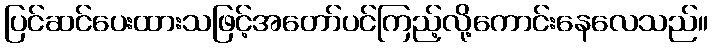
ပြင်ဆင်ပေးထားသဖြင့်အတော်ပင်ကြည့်လို့ကောင်းနေလေသည်။